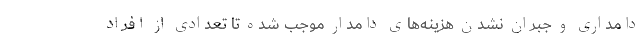
دامداری و جبران نشدن هزینه‌های دامدار موجب شده تا تعدادی از افراد